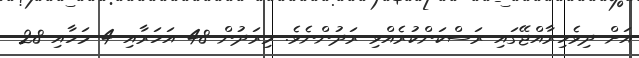
އަށް ދިވެހިރާއްޖޭގައި ރަސްކަންކުރެއްވި ރަދުންނެވެ. މިރަދުން 48 އަހަރާއި 4 މަހާއި 28